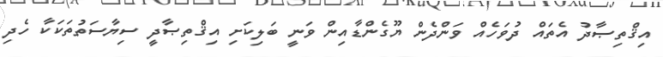
އިޤްތިޞާދު އެތައް ދުވަހެއް ވަންދެން ޔޫގެންޑާއިން ވަނީ ބަލިކަށި އިޤްތިޞާދީ ސިޔާސަތުތަކަކާ ހެދި